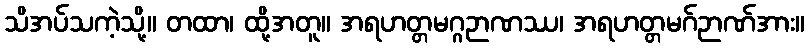
သိအပ်သကဲ့သို့။ တထာ၊ ထို့အတူ။ အရဟတ္တမဂ္ဂဉာဏဿ၊ အရဟတ္တမဂ်ဉာဏ်အား။